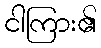
ငါကြား၏